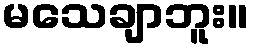
မသေချာဘူး။